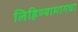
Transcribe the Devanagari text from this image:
लिहिण्यामागचा